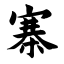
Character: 寨